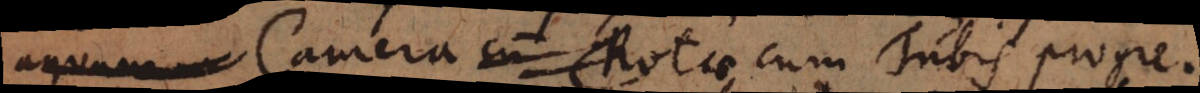
Camera cum Rotae cum Tubis progre-